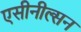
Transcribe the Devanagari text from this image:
एसीनील्सन